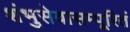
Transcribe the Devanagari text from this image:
शंभुसेवासम्पूरितं